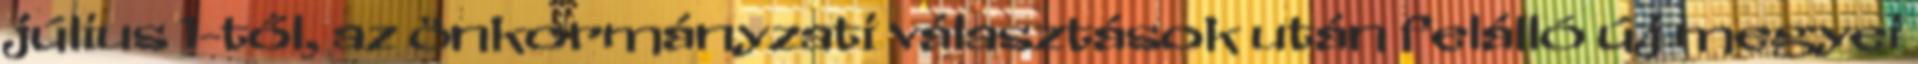
július 1-től, az önkormányzati választások után felálló új megyei